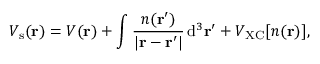
V _ { \mathrm { s } } ( \mathbf { r } ) = V ( \mathbf { r } ) + \int { \frac { n ( \mathbf { r } ^ { \prime } ) } { | \mathbf { r } - \mathbf { r } ^ { \prime } | } } \, \mathrm { d } ^ { 3 } \mathbf { r } ^ { \prime } + V _ { \mathrm { X C } } [ n ( \mathbf { r } ) ] ,